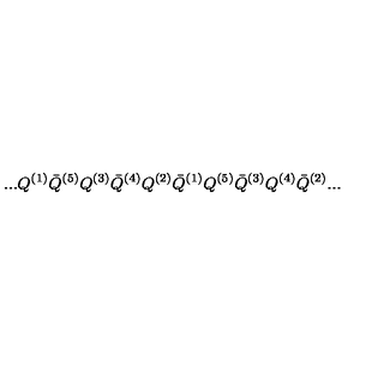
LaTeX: . . . Q ^ { ( 1 ) } { \bar { Q } } ^ { ( 5 ) } Q ^ { ( 3 ) } { \bar { Q } } ^ { ( 4 ) } Q ^ { ( 2 ) } { \bar { Q } } ^ { ( 1 ) } Q ^ { ( 5 ) } { \bar { Q } } ^ { ( 3 ) } Q ^ { ( 4 ) } { \bar { Q } } ^ { ( 2 ) } . . .